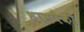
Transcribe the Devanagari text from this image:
धामपैकी